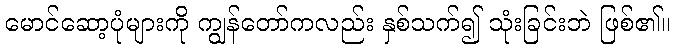
မောင်ဆော့ပုံများကို ကျွန်တော်ကလည်း နှစ်သက်၍ သုံးခြင်းဘဲ ဖြစ်၏။